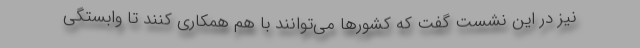
نیز در این نشست گفت که کشورها می‌توانند با هم همکاری کنند تا وابستگی